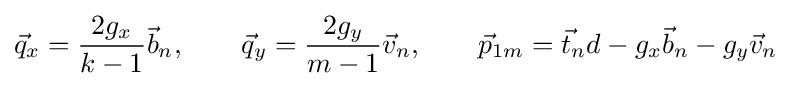
{\vec {q}}_{x}={\frac {2g_{x}}{k-1}}{\vec {b}}_{n},\qquad {\vec {q}}_{y}={\frac {2g_{y}}{m-1}}{\vec {v}}_{n},\qquad {\vec {p}}_{1m}={\vec {t}}_{n}d-g_{x}{\vec {b}}_{n}-g_{y}{\vec {v}}_{n}